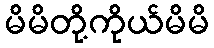
မိမိတို့ကိုယ်မိမိ